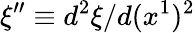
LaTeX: \xi^{\prime\prime}\equiv d^{2}\xi/d(x^{1})^{2}